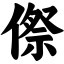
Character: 傺